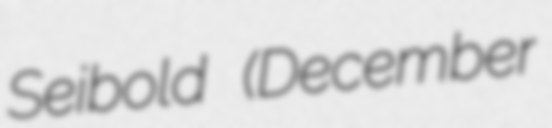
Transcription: Seibold (December